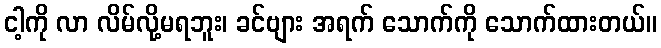
ငါ့ကို လာ လိမ်လို့မရဘူး၊ ခင်ဗျား အရက် သောက်ကို သောက်ထားတယ်။